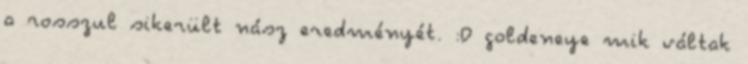
a rosszul sikerült nász eredményét. :D goldeneye mik váltak